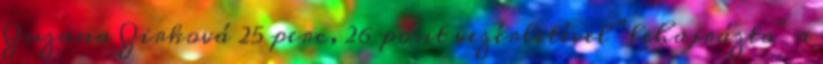
Zuzana Zirková 25 perc, 26 pont vezérletével "lehajrázta" a